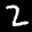
Label: 2